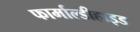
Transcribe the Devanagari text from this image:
फार्माल्डीहाइड